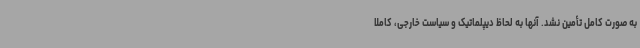
به صورت کامل تأمین نشد. آنها به لحاظ دیپلماتیک و سیاست خارجی، کاملاً